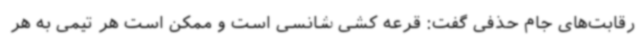
رقابت‌های جام حذفی گفت: قرعه کشی شانسی است و ممکن است هر تیمی به هر